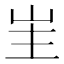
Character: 𭖒